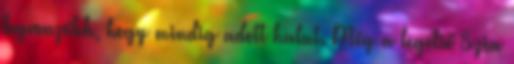
legvonzóbb, hogy mindig adott halat. Még a legelső Szia